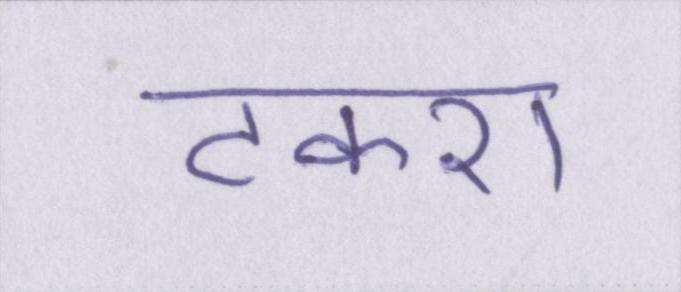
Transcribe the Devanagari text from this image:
टकरा